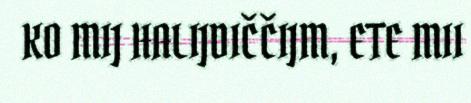
KO MIJ HALIJDIČČIJM, ETE MII